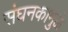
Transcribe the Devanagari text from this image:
संघनकामुळे